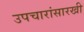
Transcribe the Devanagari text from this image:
उपचारांसारखी